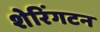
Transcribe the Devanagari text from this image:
शेरिंगटन